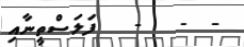
-  -   -   ފަލަސްތީނާއި